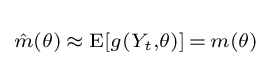
\scriptstyle {\hat {m}}(\theta )\,\approx \;\operatorname {E} [g(Y_{t},\theta )]\,=\,m(\theta )